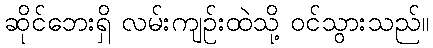
ဆိုင်ဘေးရှိ လမ်းကျဉ်းထဲသို့ ဝင်သွားသည်။